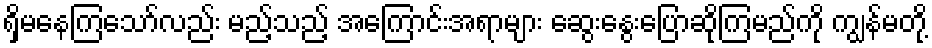
ရှိမနေကြသော်လည်း မည့်သည့် အကြောင်းအရာများ ဆွေးနွေးပြောဆိုကြမည်ကို ကျွန်မတို့